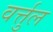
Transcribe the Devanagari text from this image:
वर्त्तुल